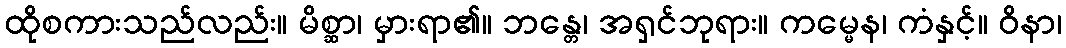
ထိုစကားသည်လည်း။ မိစ္ဆာ၊ မှားရာ၏။ ဘန္တေ၊ အရှင်ဘုရား။ ကမ္မေန၊ ကံနှင့်။ ဝိနာ၊